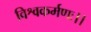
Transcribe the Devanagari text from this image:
विश्वकर्मणः।।